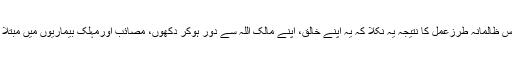
انسان کے اس ظالمانہ طرزعمل کا نتیجہ یہ نکلا کہ یہ اپنے خالق، اپنے مالک اللہ سے دُور ہوکر دکھوں، مصائب اورمہلک بیماریوں میں مبتلا ہوتا چلاگیا۔